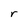
Character: r